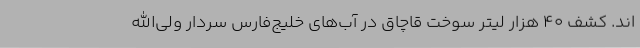
اند. کشف 40 هزار لیتر سوخت قاچاق در آب‌های خلیج‌فارس سردار ولی‌الله